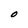
Character: O